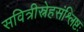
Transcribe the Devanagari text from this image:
सवित्रीस्नेहसंश्लिष्टः